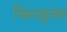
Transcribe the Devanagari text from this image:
फिस्ट्युलस